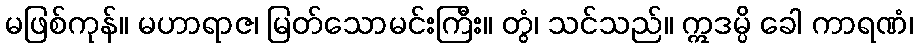
မဖြစ်ကုန်။ မဟာရာဇ၊ မြတ်သောမင်းကြီး။ တွံ၊ သင်သည်။ ဣဒမ္ပိ ခေါ ကာရဏံ၊